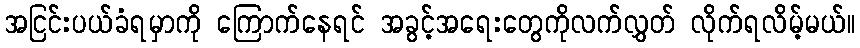
အငြင်းပယ်ခံရမှာကို ကြောက်နေရင် အခွင့်အရေးတွေကိုလက်လွှတ် လိုက်ရလိမ့်မယ်။